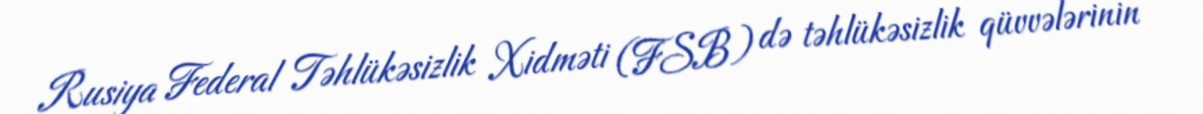
Rusiya Federal Təhlükəsizlik Xidməti (FSB) də təhlükəsizlik qüvvələrinin